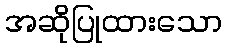
အဆိုပြုထားသော